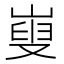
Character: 㟬